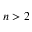
n > 2